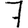
Digit: 7